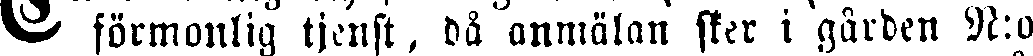
Vi förmonlig tjenst, då anmälan sker i gården N:o